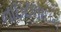
નાઇટલાઇન